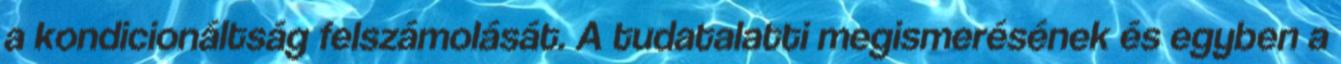
a kondicionáltság felszámolását. A tudatalatti megismerésének és egyben a